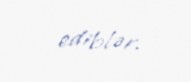
ediblər.